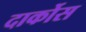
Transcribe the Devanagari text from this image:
दार्कोस